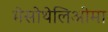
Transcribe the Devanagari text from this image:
मेसोथेलिओमा